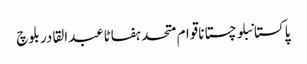
پاکستانبلوچستاناقوام متحدہفاٹاعبدالقادر بلوچ